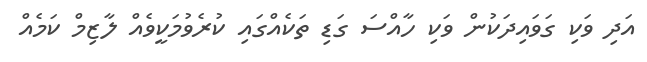
އަދި ވަކި ގަވައިދަކުން ވަކި ހާއްސަ ގަޑި ތަކެއްގައި ކުރެވުމަކީވެއް ލާޒިމް ކަމެއް